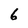
Character: 6